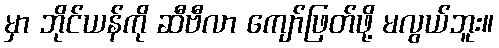
မှာ ဘိုင်ယန်ကို ဆီဗီလာ ကျော်ဖြတ်ဖို့ မလွယ်ဘူး။